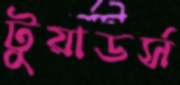
টুয়াডর্স